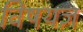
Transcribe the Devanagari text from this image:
विषयज्ञ